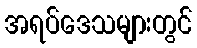
အရပ်ဒေသများတွင်